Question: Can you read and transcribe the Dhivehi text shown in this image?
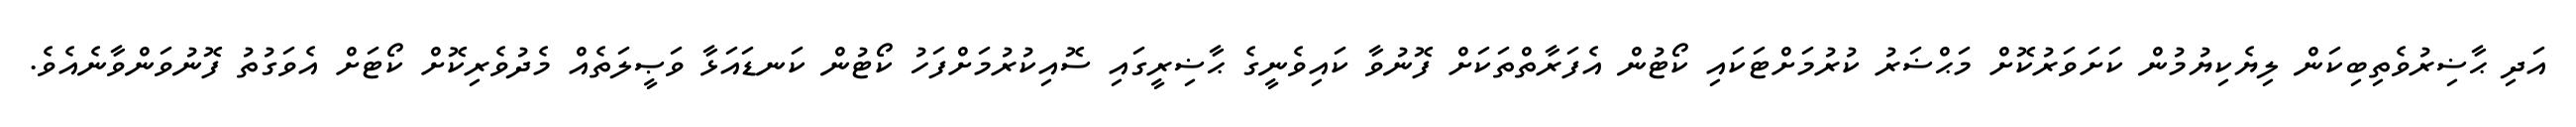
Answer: އަދި ޙާޟިރުވެތިބިކަން ލިޔެކިޔުމުން ކަށަވަރުކޮށް މަޙްޟަރު ކުރުމަށްޓަކައި ކޯޓުން އެފަރާތްތަކަށް ފޮނުވާ ކައިވެނީގެ ޙާޟިރީގައި ސޮއިކުރުމަށްފަހު ކޯޓުން ކަނޑައަޅާ ވަޞީލަތެއް މެދުވެރިކޮށް ކޯޓަށް އެވަގުތު ފޮނުވަންވާނެއެވެ.